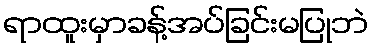
ရာထူးမှာခန့်အပ်ခြင်းမပြုဘဲ